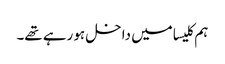
ہم کلیسا میں داخل ہو رہے تھے۔